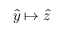
\hat { y } \mapsto \hat { z }